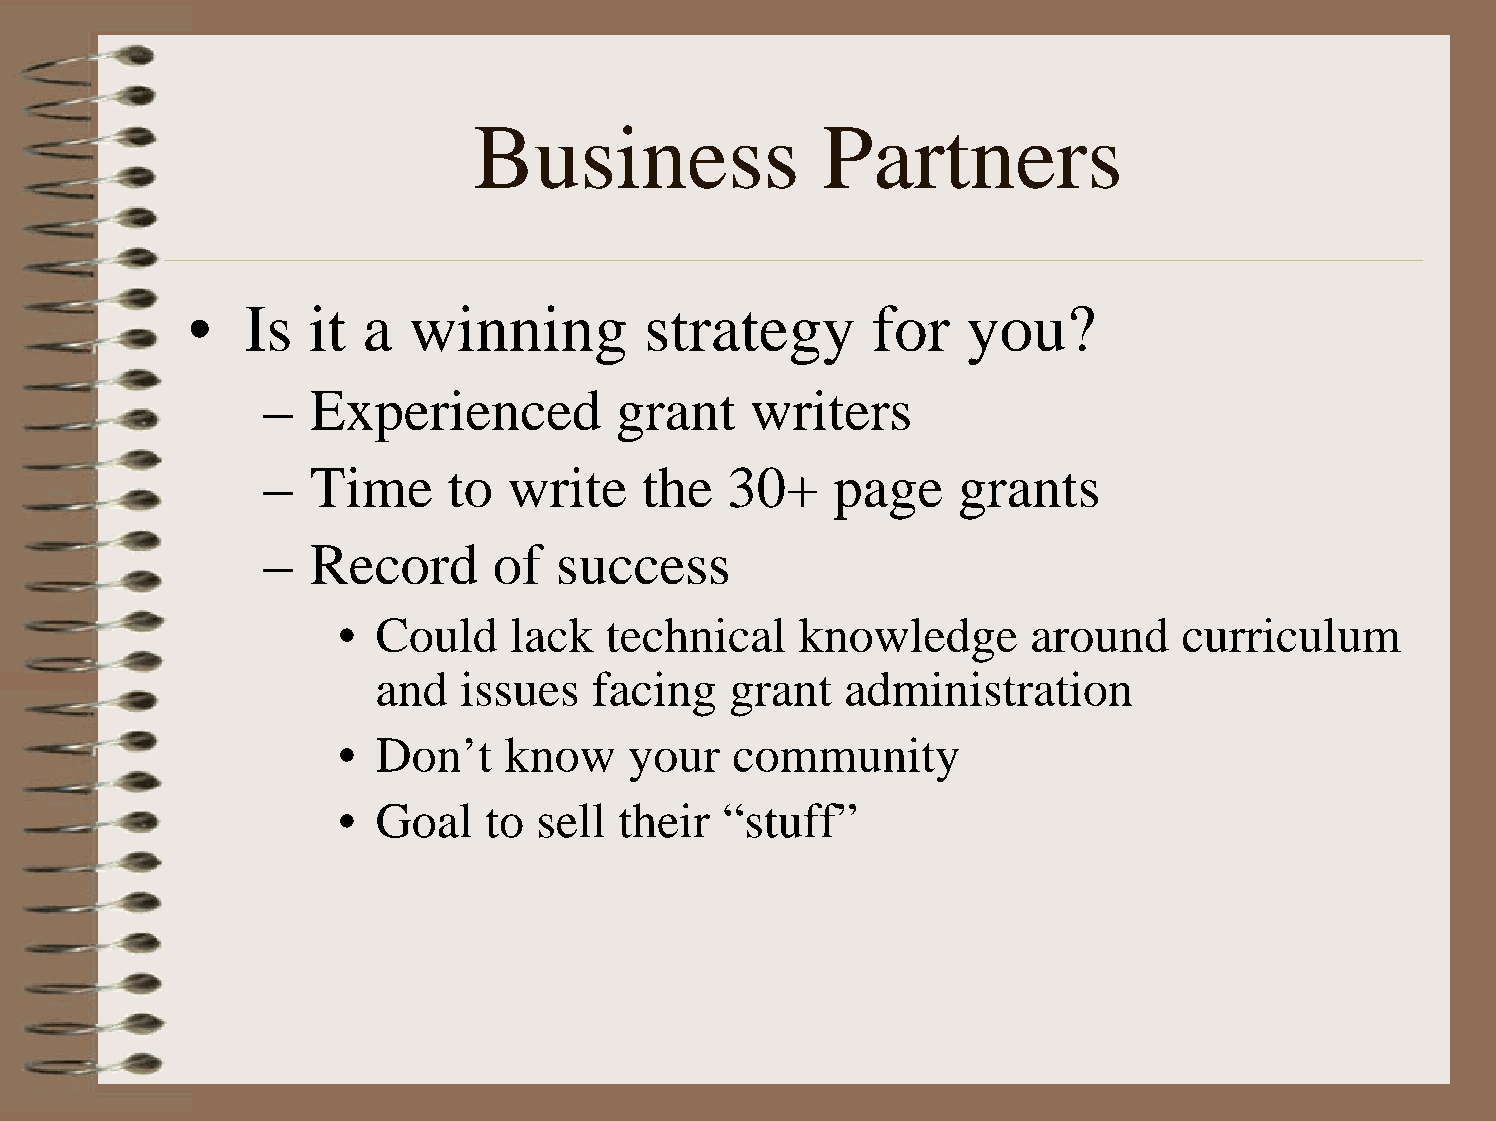
Business                Partners
 •  Is   it a  winning         strategy       for   you?
 –  Experienced         grant    writers
 –  Time     to  write    the  30+    page     grants
 –  Record      of  success
 •  Could    lack  technical    knowledge      around    curriculum
 and   issues  facing   grant   administration
 •  Don’t    know    your   community
 •  Goal   to  sell their  “stuff”